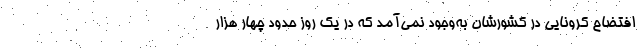
افتضاح کرونایی در کشورشان به‌وجود نمی‌آمد که در یک روز حدود چهار هزار